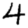
Digit: 4